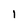
Character: 1